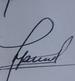
Signature authenticity: genuine